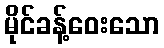
မိုင်ခန့်ဝေးသော